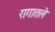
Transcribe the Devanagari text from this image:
रागातले